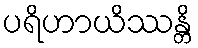
ပရိဟာယိဿန္တိ